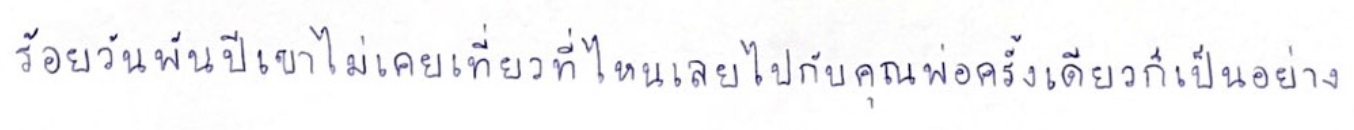
ร้อยวันพันปีเขาไม่เคยเที่ยวที่ไหนเลยไปกับคุณพ่อครั้งเดียวก็เป็นอย่าง